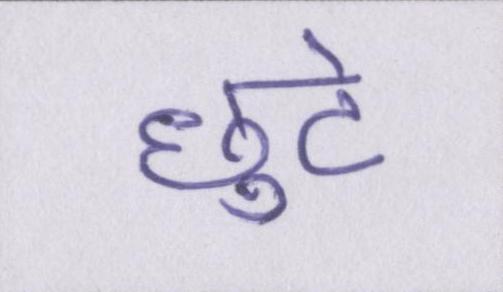
छुटे